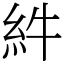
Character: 䋅